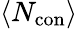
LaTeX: \left<N_{\mathrm{con}}\right>